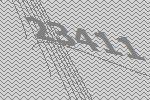
23411